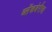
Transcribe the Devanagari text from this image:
ब्लॅकबेरीचा